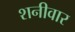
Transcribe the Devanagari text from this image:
शनीवार